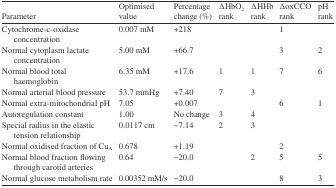
| Parameter | Optimised value | Percentage change (%) | ∆HbO2 rank | ∆HHb rank | ∆oxCCO rank | pH rank |
 | --- | --- | --- | --- | --- | --- | --- |
 | Cytochrome-c-oxidase concentration | 0.007 mM | +218 |  |  | 1 |  |
 | Normal cytoplasm lactate concentration | 5.00 mM | +66.7 |  |  | 3 | 2 |
 | Normal blood total haemoglobin | 6.35 mM | +17.6 | 1 | 1 | 7 | 6 |
 | Normal arterial blood pressure | 53.7 mmHg | +7.40 | 7 | 3 |  |  |
 | Normal extra-mitochondrial pH | 7.05 | +0.007 |  |  | 6 | 1 |
 | Autoregulation constant | 1.00 | No change | 3 | 4 |  |  |
 | Special radius in the elastic tension relationship | 0.0117 cm | −7.14 | 2 | 3 |  |  |
 | Normal oxidised fraction of CuA | 0.678 | +1.19 |  |  | 2 |  |
 | Normal blood fraction flowing through carotidarteries | 0.64 | −20.0 |  | 2 | 5 | 5 |
 | Normal glucose metabolism rate | 0.00352 mM/s | −20.0 |  |  | 8 | 3 |